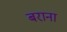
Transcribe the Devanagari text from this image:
बराना